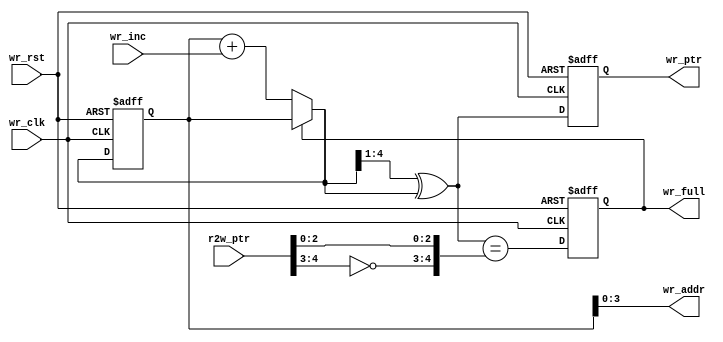
module wptr_full#(
    parameter ASIZE = 4,
    parameter DSIZE = 8
)(
    input [ASIZE:0] r2w_ptr,
    input           wr_clk,
    input           wr_rst,
    input           wr_inc,
    output     [ASIZE-1:0] wr_addr,
    output reg [ASIZE:0]   wr_ptr,
    output reg             wr_full
);
reg [ASIZE:0] wbin,wbnext,wgnext;

// pointer use grey code 
always@(posedge wr_clk or posedge wr_rst) begin
    if(wr_rst) begin
        wbin <= 0;
        wr_ptr <=0;
    end
    else begin
        wr_ptr <= wgnext;
        wbin <= wbnext; 
    end
end

always@(*) begin
    wbnext = (!wr_full)?(wbin + wr_inc) : wbin;
    wgnext = (wbnext>>1)^wbnext;
end

//memory address poninter
assign wr_addr = wbin[ASIZE-1:0];

//FIFO full generation
always@(posedge wr_clk or posedge wr_rst)begin
    if(wr_rst) wr_full <= 1;
    else begin
        wr_full <= ( wgnext == { ~r2w_ptr[ASIZE:ASIZE-1], r2w_ptr[ASIZE-2:0] } );
        //wr_full <= ((wgnext[ASIZE])   != r2w_ptr[ASIZE]) &&
        //            (wgnext[ASIZE-1]) != r2w_ptr[ASIZE-1] &&
        //            (wgnext[ASIZE-2:0] == r2w_ptr[ASIZE-2:0]);
    end
end

endmodule